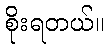
စိုးရတယ်။